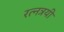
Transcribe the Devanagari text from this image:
रत्नत्रयी